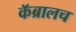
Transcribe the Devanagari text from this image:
कॅब्रालच